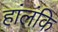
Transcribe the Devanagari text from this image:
हांलंकि